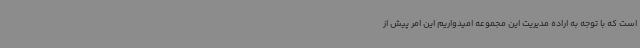
است که با توجه به اراده مدیریت این مجموعه امیدواریم این امر پیش از